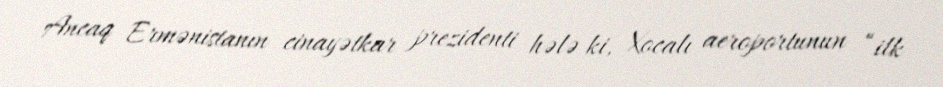
Ancaq Ermənistanın cinayətkar prezidenti hələ ki, Xocalı aeroportunun “ilk